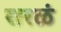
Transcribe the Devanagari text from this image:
सरळं